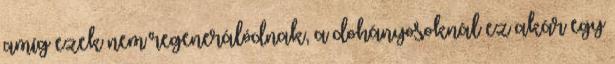
amíg ezek nem regenerálódnak, a dohányosoknál ez akár egy